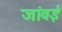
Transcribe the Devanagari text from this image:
जांवई